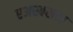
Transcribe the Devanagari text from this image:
एअरबसचा